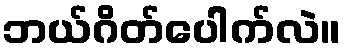
ဘယ်ဂိတ်ပေါက်လဲ။